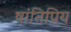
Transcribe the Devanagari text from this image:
षांतिप्रिय